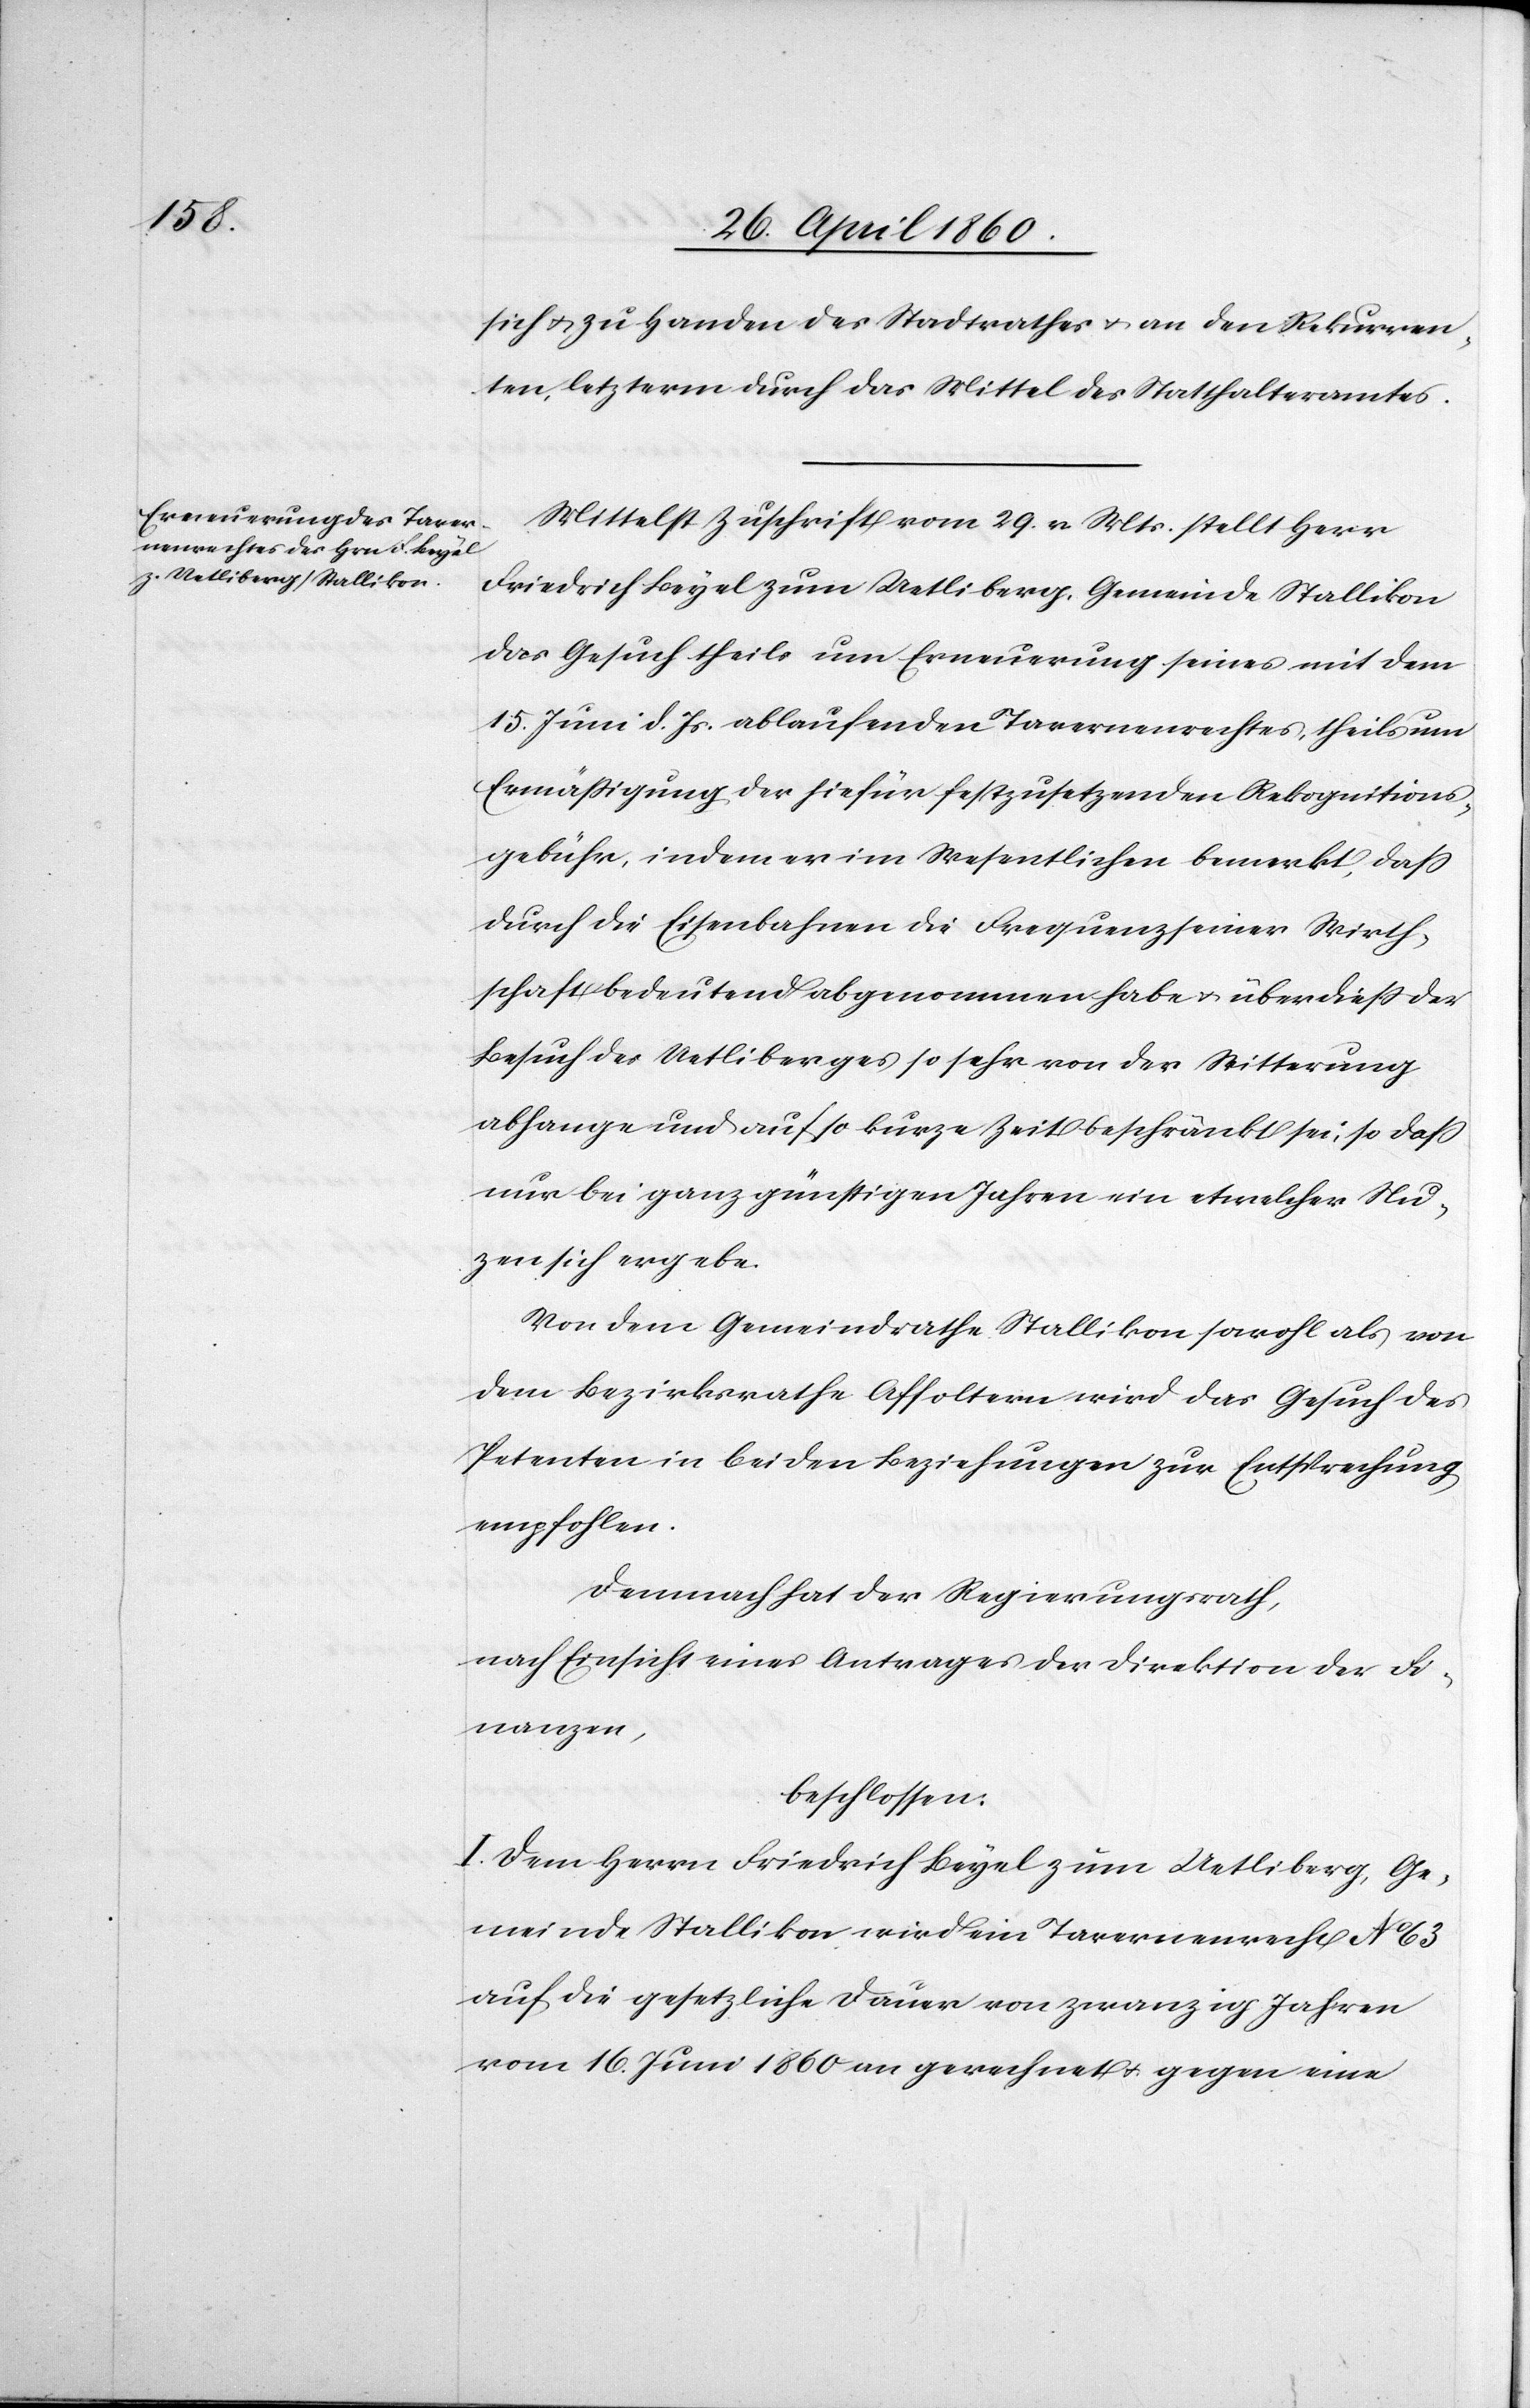
sich u. zu Handen des Stadtrathes u. an den Rekurren¬
t, letzterm durch das Mittel des Statthalteramtes.
Mittelst Zuschrift vom 29. v. Mts. stellt Herr
Friedrich Beyel zum Uetliberg, Gemeinde Stallikon
das Gesuch theils um Erneuerung seines mit dem
15. Juni d. Js. ablaufenden Tavernenrechtes, theils um
Ermässigung der hiefür festzusetzenden Rekognitions¬
gebühr, indem er im Wesentlichen bemerkt, dass
durch die Eisenbahnen die Frequenz seiner Wirth¬
schaft bedeutend abgenommen habe u. überdiess der
Besuch des Uetliberges so sehr von der Witterung
abhange und auf so kurze Zeit beschränkt sei, so dass
nur bei ganz günstigen Jahren ein etwelcher Nu¬
zen sich ergebe.
Von dem Gemeindrathe Stallikon sowohl als von
dem Bezirksrathe Affoltern wird das Gesuch des
Petenten in beiden Beziehungen zur Entsprechung
empfohlen.
Demnach hat der Regierungsrath,
nach Einsicht eines Antrages der Direktion der Fi¬
nanzen,
beschlossen:
I. Dem Herrn Friedrich Beyel zum Uetliberg, Ge¬
meine Stallikon wird ein Tavernenrecht No 63
auf die gesetzliche Dauer von zwanzig Jahren
vom 16. Juni 1860 an gerechnet u. gegen eine